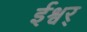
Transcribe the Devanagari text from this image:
ईश्वर्